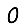
Digit: 0